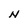
Character: N